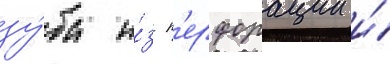
зу́ба и́з п'ерфорации и́